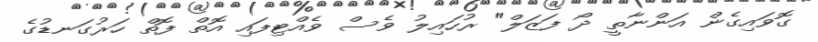
ގޮވައިގެން އަންނާތީ ދޯ ފަޒަލް" ރުހައިލު ވެސް ވެއްޓިފައި އޮތް ފޮތް ހަރުގަނޑުގެ